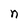
Character: n